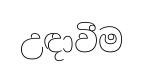
උඳාවීම